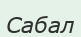
Сабал